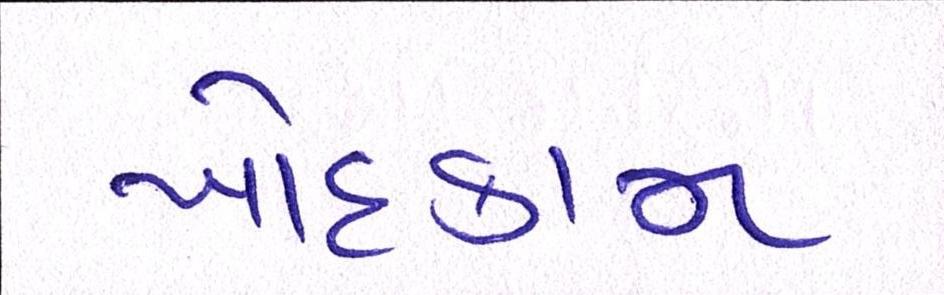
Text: ખોદકામ